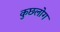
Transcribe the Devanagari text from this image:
कुछलोग